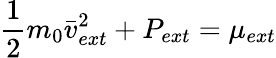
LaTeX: \frac{1}{2}m_{0}\bar{v}_{ext}^{2}+P_{ext}=\mu_{ext}